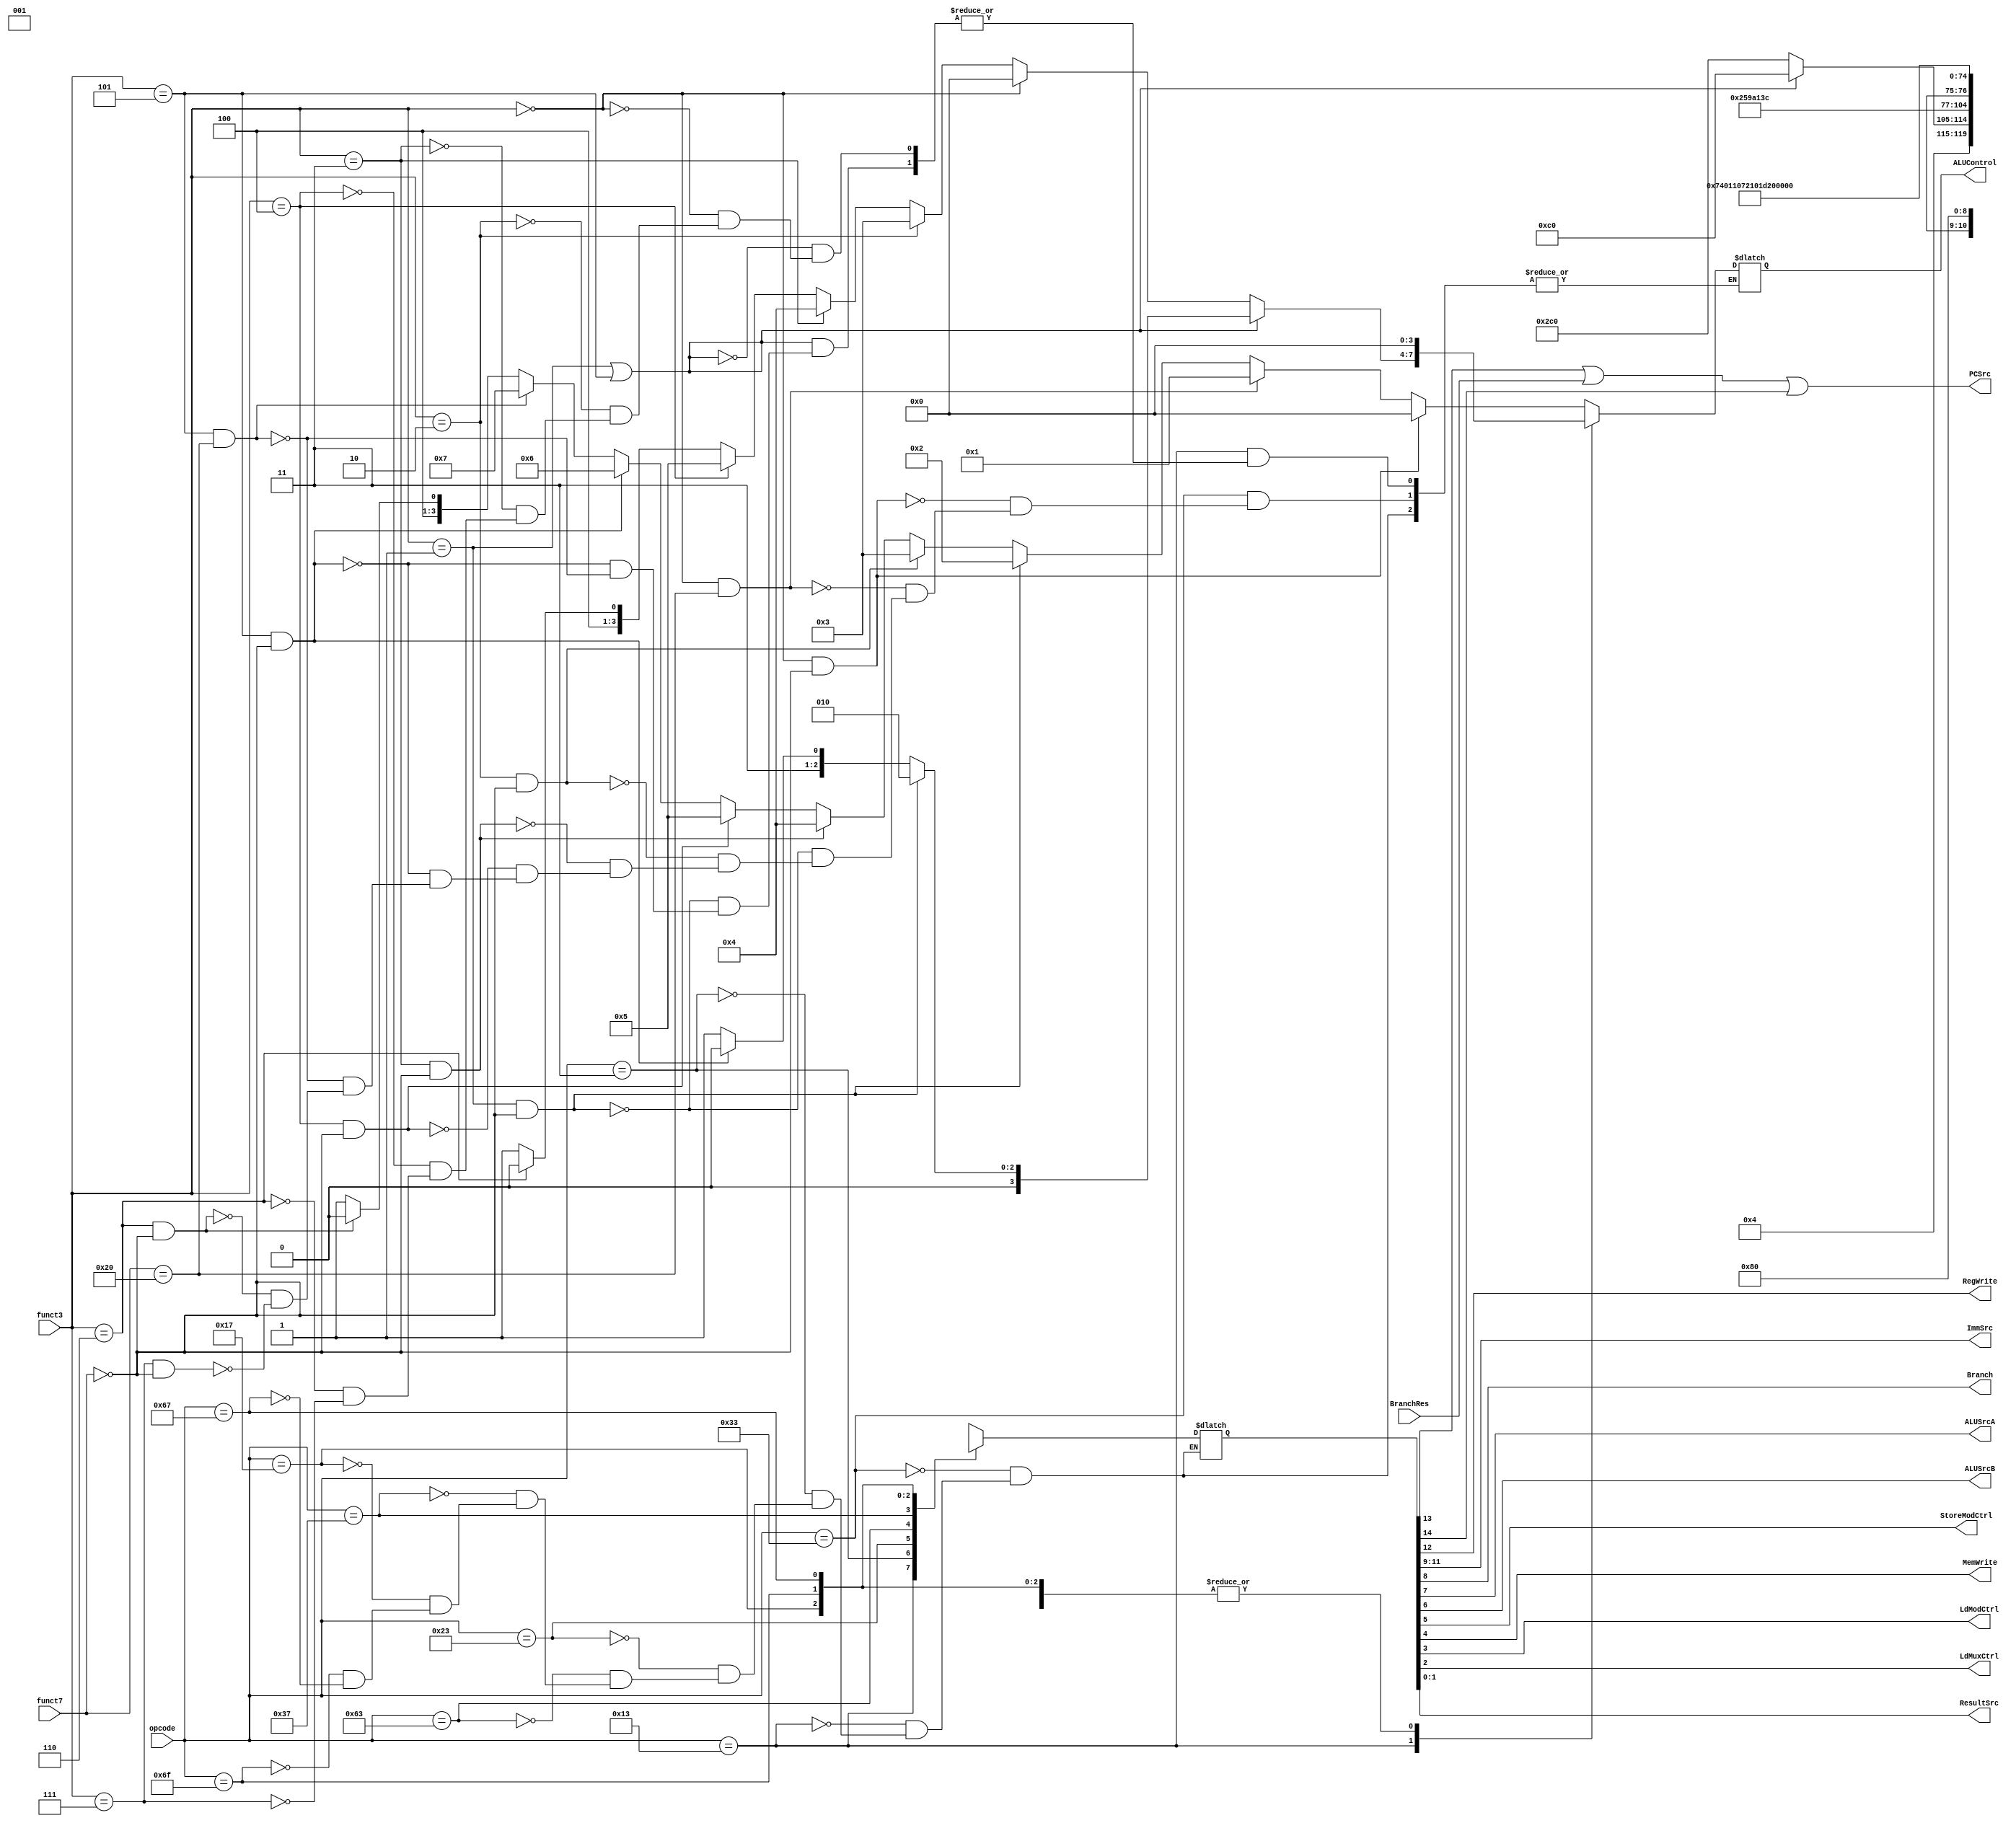
module ctrl_unit(
input wire [2:0]funct3,
input wire [6:0]funct7, opcode,
output wire PCSrc,
output wire RegWrite,
output wire [2:0]ImmSrc,
output wire Branch,
output wire ALUSrcA,
input wire BranchRes,
output wire ALUSrcB,
output reg [3:0]ALUControl,
output wire StoreModCtrl,
output wire MemWrite,
output wire LdModCtrl,
output wire LdMuxCtrl,
output wire [1:0]ResultSrc
);
    reg [14:0] controls;
    wire auipc, Jump;
    assign {auipc, Jump, RegWrite, ImmSrc, Branch, ALUSrcA, ALUSrcB, StoreModCtrl, MemWrite, LdModCtrl, LdMuxCtrl, ResultSrc} = controls;
    parameter R = 7'B0110011, R_$_I = 7'B0010011, I_ld_type = 7'b0000011, S = 7'B0100011, B = 7'B1100011, J = 7'B1101111;
    parameter U_lui = 7'B0110111, U_auipc = 7'b0010111, I_jalr = 7'b1100111;

    always @(*) begin
        case(opcode)
            R:  begin controls <= 15'b0_0_1_xxx_0_1_0_0_0_0_0_00;
                    if(funct3 == 3'b000 && funct7 == 7'b0000000) ALUControl <= 4'b0000;//add
                    else if(funct3 == 3'b000 && funct7 == 7'b0100000) ALUControl <= 4'b0001;//sub
                    else if(funct3 == 3'b001 && funct7 == 7'b0000000) ALUControl <= 4'b0010;//sll
                    else if(funct3 == 3'b010 && funct7 == 7'b0000000) ALUControl <= 4'b0011;//slt
                    else if(funct3 == 3'b011 && funct7 == 7'b0000000) ALUControl <= 4'b0100;//sltu
                    else if(funct3 == 3'b100 && funct7 == 7'b0000000) ALUControl <= 4'b0101;//xor
                    else if(funct3 == 3'b101 && funct7 == 7'b0000000) ALUControl <= 4'b0110;//srl
                    else if(funct3 == 3'b101 && funct7 == 7'b0100000) ALUControl <= 4'b0111;//sra
                    else if(funct3 == 3'b110 && funct7 == 7'b0000000) ALUControl <= 4'b1000;//or
                    else if(funct3 == 3'b111 && funct7 == 7'b0000000) ALUControl <= 4'b1001;//and
                end
            
            R_$_I:
                begin controls <= 15'b0_0_1_000_0_1_1_0_0_0_0_00;
                    if(funct3 == 3'b001 || funct3 == 3'b101) begin
                        if(funct3 == 3'b001 && funct7 == 7'b0000000) ALUControl <= 4'b0010;//slli
                        else if(funct3 == 3'b101 && funct7 == 7'b0000000) ALUControl <= 4'b0110;//srli
                        else if(funct3 == 3'b101 && funct7 == 7'b0100000) ALUControl <= 4'b0111;//srai
                        end
                    else begin 
                        controls <= 15'b0_0_1_001_0_1_1_0_0_0_0_00;
                        if(funct3 == 3'b000) ALUControl <= 4'b0000;//addi
                        else if(funct3 == 3'b010) ALUControl <= 4'b0011;//slti
                        else if(funct3 == 3'b011) ALUControl <= 4'b0100;//sltiu
                        else if(funct3 == 3'b100) ALUControl <= 4'b0101;//xori
                        else if(funct3 == 3'b110) ALUControl <= 4'b1000;//ori
                        else if(funct3 == 3'b111) ALUControl <= 4'b1001;//andi
                    end
                end

            I_ld_type: 
                begin controls <= 15'b0_0_1_001_0_1_1_0_0_1_1_01;//load instructions
                        ALUControl <= 4'b0000;//addition
                end

            S:  begin controls <= 15'b0_0_0_010_0_1_1_1_1_0_0_xx;//store instructions
                        ALUControl <= 4'b0000;//addition
                end
            
            B:  begin controls <= 15'b0_0_0_011_1_0_1_0_0_0_0_00;//branch instructions
                        ALUControl <= 4'b0000;//addition
                end

            U_lui:  
                begin controls <= 15'b0_0_0_100_0_1_0_0_0_0_0_11;//lui
                        ALUControl <= 4'bxxxx;
                end

            U_auipc: 
                begin controls <= 15'b1_0_0_100_0_0_1_0_0_0_0_00;//jal
                        ALUControl <= 4'b0000;
                end

            J:  begin controls <= 15'b0_1_1_101_0_0_1_0_0_0_0_00;//jal
                        ALUControl <= 4'B0000;
                end

            I_jalr:
                begin controls <= 15'b0_0_1_001_0_1_1_0_0_0_0_00;//jalr
                        ALUControl <= 4'b0000;
                end
        endcase
    end

    assign PCSrc = Jump | BranchRes | auipc;
endmodule